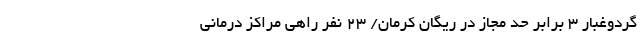
گردوغبار ۳ برابر حد مجاز در ریگان کرمان/ ۲۳ نفر راهی مراکز درمانی